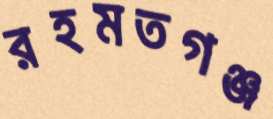
রহমতগঞ্জ